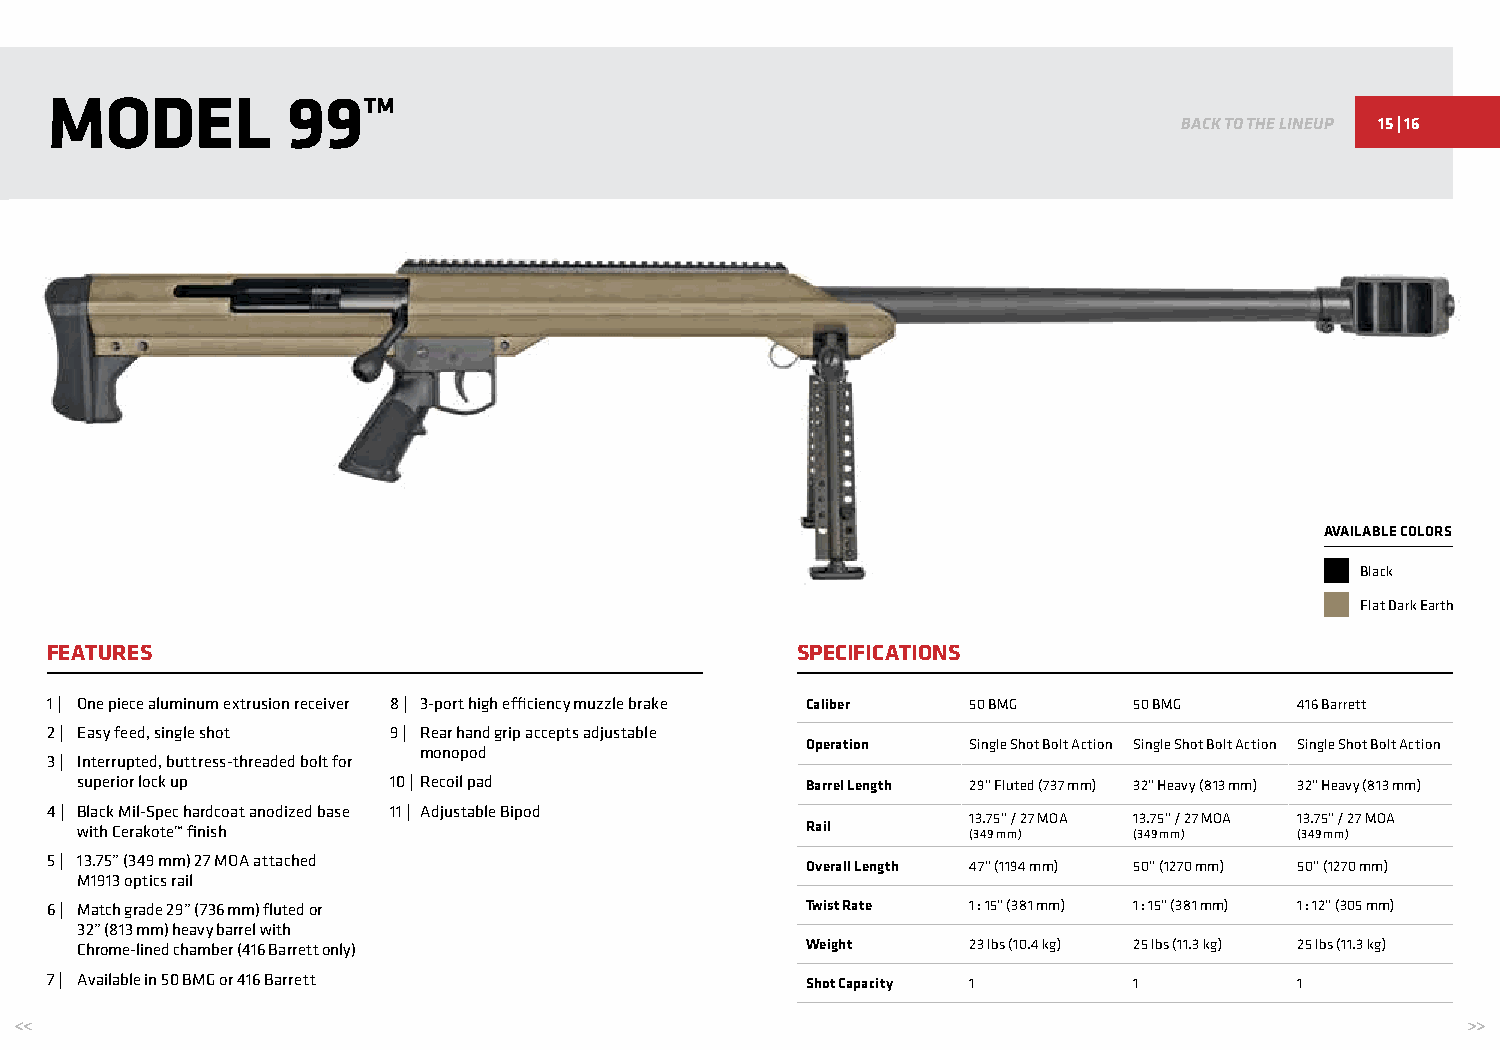
MODEL           99™
 BACK TO THE LINEUP 15 | 16
 AVAILABLE COLORS
 Black
 Flat Dark Earth
 FEATURES                                          SPECIFICATIONS
 1 | One piece aluminum extrusion receiver 8 | 3-port high efficiency muzzle brake Caliber 50 BMG 50 BMG 416 Barrett
 2 | Easy feed, single shot 9 | Rear hand grip accepts adjustable
 Operation  Single Shot Bolt Action Single Shot Bolt Action Single Shot Bolt Action
 monopod
 3 | Interrupted, buttress-threaded bolt for
 superior lock up     10 | Recoil pad            Barrel Length 29” Fluted (737 mm) 32” Heavy (813 mm) 32” Heavy (813 mm)
 4 | Black Mil-Spec hardcoat anodized base 11 | Adjustable Bipod
 13.75” / 27 MOA 13.75” / 27 MOA 13.75” / 27 MOA
 with Cerakote™ finish                           Rail       (349 mm)   (349 mm)   (349 mm)
 5 | 13.75” (349 mm) 27 MOA attached
 Overall Length 47” (1194 mm) 50” (1270 mm) 50” (1270 mm)
 M1913 optics rail
 6 | Match grade 29” (736 mm) fluted or            Twist Rate 1 : 15” (381 mm) 1 : 15” (381 mm) 1 : 12” (305 mm)
 32” (813 mm) heavy barrel with
 Chrome-lined chamber (416 Barrett only)         Weight     23 lbs (10.4 kg) 25 lbs (11.3 kg) 25 lbs (11.3 kg)
 7 | Available in 50 BMG or 416 Barrett            Shot Capacity 1       1          1